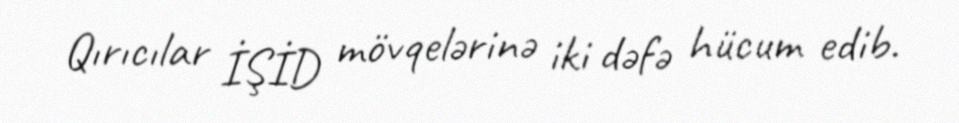
Qırıcılar İŞİD mövqelərinə iki dəfə hücum edib.